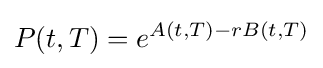
P(t,T)=e^{A(t,T)-rB(t,T)}